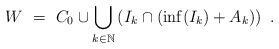
LaTeX: \begin{align*} W \ = \ C_0 \cup \bigcup_{k \in \mathbb{N}}\left( I_k \cap (\inf(I_k) + A_k)\right) \ . \end{align*}